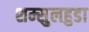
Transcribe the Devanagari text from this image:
शम्सुलहुडा